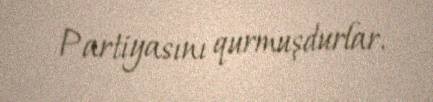
Partiyasını qurmuşdurlar.